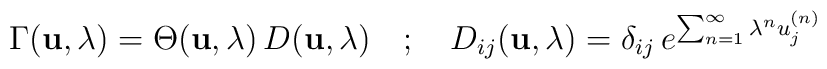
\Gamma ({\bf u}, \lambda) = \Theta ({\bf u}, \lambda)\, D ({\bf u}, \lambda)  \quad ; \quad  D_{ij} ({\bf u}, \lambda)  = \delta_{ij}  \, e^{\sum^{\infty}_{n=1} \lambda^n u_j^{(n)}}